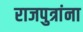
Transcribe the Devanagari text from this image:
राजपुत्रांना